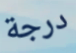
درجة